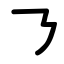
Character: ㇋